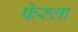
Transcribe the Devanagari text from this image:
फेरुला